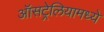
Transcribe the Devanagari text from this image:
ऑसट्रेलियामध्ये